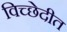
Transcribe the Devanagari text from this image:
विच्छेदीत